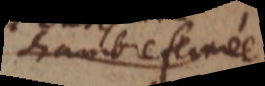
chambre fermée